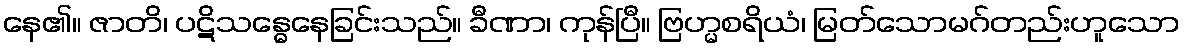
နေ၏။ ဇာတိ၊ ပဋိသန္ဓေနေခြင်းသည်။ ခီဏာ၊ ကုန်ပြီ။ ဗြဟ္မစရိယံ၊ မြတ်သောမဂ်တည်းဟူသော